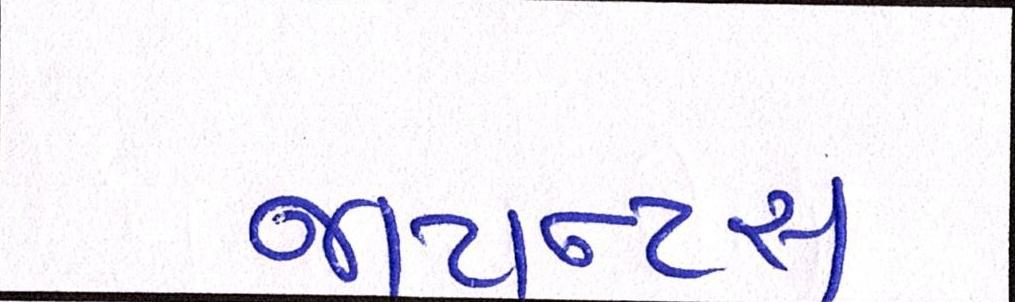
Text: જાયન્ટસ